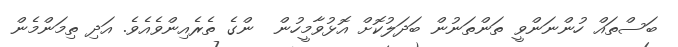
ބަސްތައް ހުންނަންވީ ތަންތަނުން ބަދަލުކޮށް އޮޅުވާމީހުން  ންގެ ތެރެއިންވެއެވެ. އަދި ތިމަންމެން